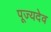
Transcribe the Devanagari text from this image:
पूज्यदेव